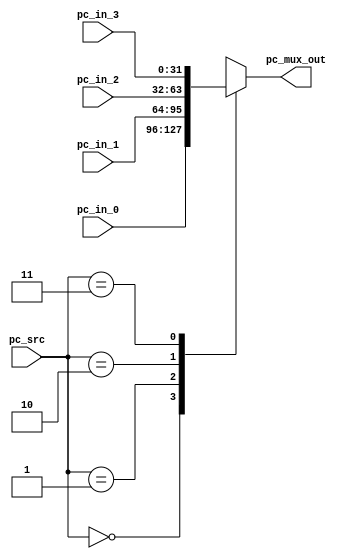
`timescale 1ns / 1ps
//////////////////////////////////////////////////////////////////////////////////
// Company: 
// Engineer: 
// 
// Design Name: 
// Module Name:    ceyloniac_pc_sel_mux 
// Project Name: 
// Target Devices: 
// Tool versions: 
// Description: 
//
// Dependencies: 
//
// Revision: 
// Revision 0.01 - File Created
// Additional Comments: 
//
//////////////////////////////////////////////////////////////////////////////////
module ceyloniac_pc_sel_mux
#(parameter ALU_DATA_WIDTH=32)
(
pc_src,
pc_in_0,
pc_in_1,
pc_in_2,
pc_in_3,
pc_mux_out
    );

input [1:0]pc_src;
input [ALU_DATA_WIDTH-1:0]pc_in_0,pc_in_1,pc_in_2,pc_in_3;
output reg [ALU_DATA_WIDTH-1:0]pc_mux_out;

always@(*)begin
case(pc_src)
2'b00:pc_mux_out=pc_in_0;
2'b01:pc_mux_out=pc_in_1;
2'b10:pc_mux_out=pc_in_2;
2'b11:pc_mux_out=pc_in_3;
endcase
end
endmodule